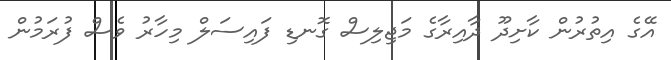
އޭގެ އިތުރުން ކާށިދޫ ދާއިރާގެ މަޖިލިސް ގޮނޑި ފައިސަލް މިހާރު ވެސް ފުރަމުން